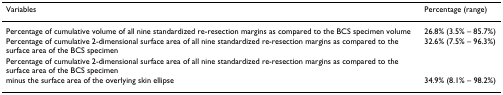
| Variables | Percentage (range) |
 | --- | --- |
 | Percentage of cumulative volume of all nine standardized re-resection margins as compared to the BCS specimen volume | 26.8% (3.5% – 85.7%) |
 | Percentage of cumulative 2-dimensional surface area of all nine standardized re-resection margins as compared to the surface area of the BCS specimen | 32.6% (7.5% – 96.3%) |
 | Percentage of cumulative 2-dimensional surface area of all nine standardized re-resection margins as compared to the surface area of the BCS specimen |  |
 | minus the surface area of the overlying skin ellipse | 34.9% (8.1% – 98.2%) |